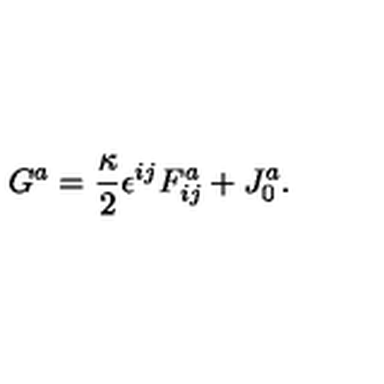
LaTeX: G ^ { a } = \frac { \kappa } { 2 } \epsilon ^ { i j } F _ { i j } ^ { a } + J _ { 0 } ^ { a } .